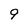
Character: 9